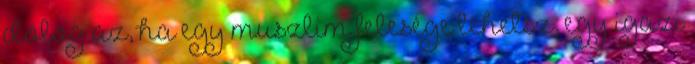
dolog az, ha egy muszlim felesége lehetsz, egy igazi